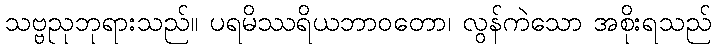
သဗ္ဗညုဘုရားသည်။ ပရမိဿရိယဘာဝတော၊ လွန်ကဲသော အစိုးရသည်